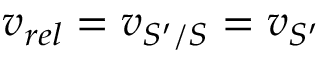
v _ { r e l } = v _ { S ^ { \prime } / S } = v _ { S ^ { \prime } }